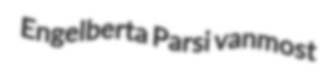
Engelberta Parsi vanmost